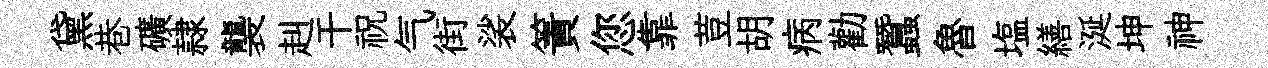
黛巷礦隷襲赳干祝气街裟簀您靠荳胡病勸蠶魯塩繕涎坤神